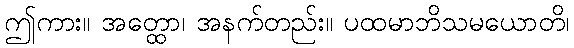
ဤကား။ အတ္ထော၊ အနက်တည်း။ ပထမာဘိသမယောတိ၊